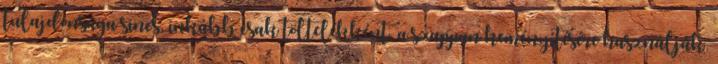
tulajdonsága sincs, inkább csak töltelékként, a szappan keményítésére használják.